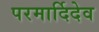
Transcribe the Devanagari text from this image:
परमार्दिदेव